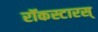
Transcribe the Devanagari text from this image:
रॉकस्टारस्